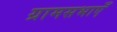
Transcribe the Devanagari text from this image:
ग्रामसभाएँ